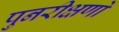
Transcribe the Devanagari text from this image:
पुनरीक्षणों